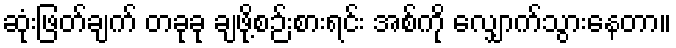
ဆုံးဖြတ်ချက် တခုခု ချဖို့စဉ်းစားရင်း အစ်ကို လျှောက်သွားနေတာ။